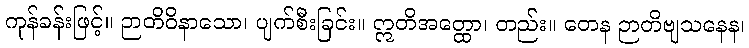
ကုန်ခန်းဖြင့်။ ဉာတိဝိနာသော၊ ပျက်စီးခြင်း။ ဣတိအတ္ထော၊ တည်း။ တေန ဉာတိဗျသနေန၊